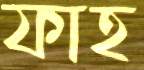
ফাহ